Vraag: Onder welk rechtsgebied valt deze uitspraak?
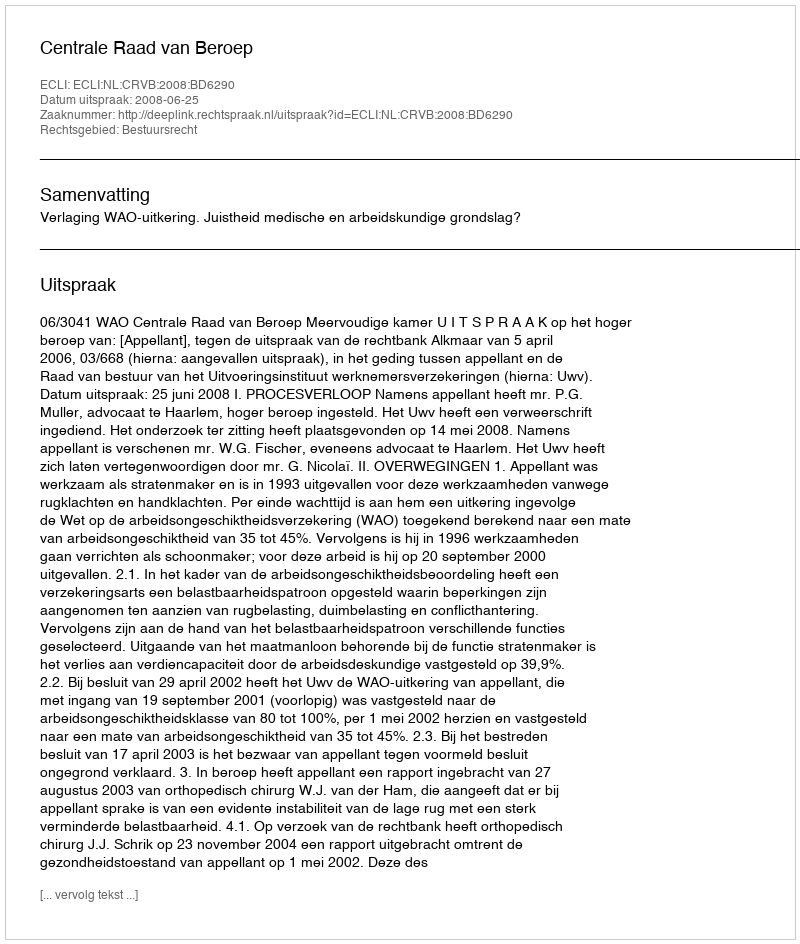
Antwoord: Bestuursrecht